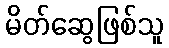
မိတ်ဆွေဖြစ်သူ